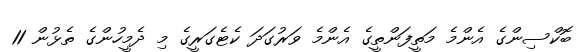
ބޮކްސިންގެ އެންމެ މަތީފަންތީގެ އެންމެ ވަރުގަދަ ކެޓެގަރީގެ މި ދެމީހުންގެ ތެޅުން 11